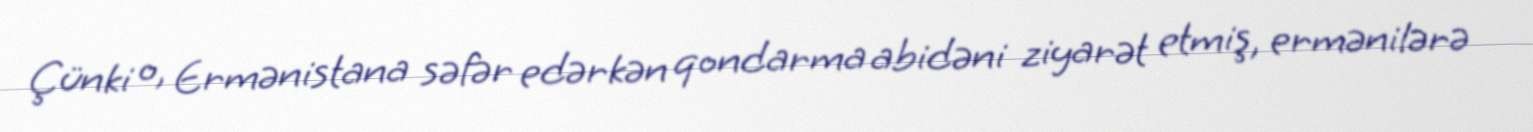
Çünki o, Ermənistana səfər edərkən qondarma abidəni ziyarət etmiş, ermənilərə